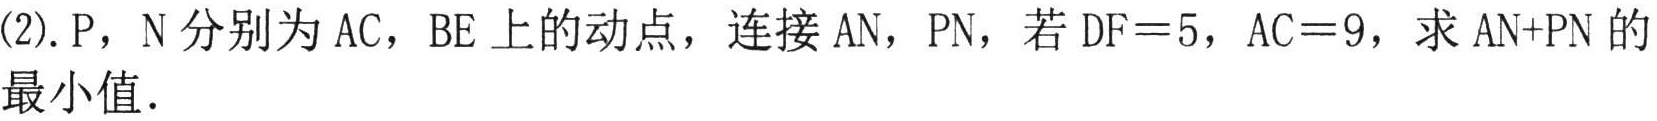
(2). P，N 分别为 AC，BE 上的动点，连接 AN，PN，若 DF = 5，AC = 9，求 AN+PN 的最小值.